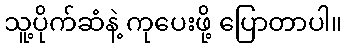
သူ့ပိုက်ဆံနဲ့ ကုပေးဖို့ ပြောတာပါ။